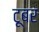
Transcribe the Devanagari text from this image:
टूबर